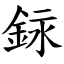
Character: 銢